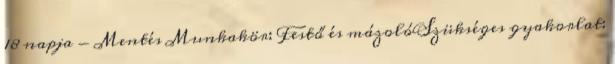
18 napja - Mentés Munkakör: Festő és mázolóSzükséges gyakorlat: